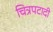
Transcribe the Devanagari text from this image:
चित्रपटादी